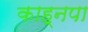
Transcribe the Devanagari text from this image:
काह्नपा